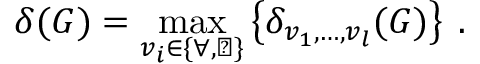
\delta ( G ) = \operatorname * { m a x } _ { v _ { i } \in \{ \forall , \perp \} } \left\{ \delta _ { v _ { 1 } , \ldots , v _ { l } } ( G ) \right\} \: .